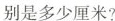
别是多少厘米?